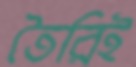
তৈরিই